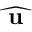
\widehat { \textbf { u } }